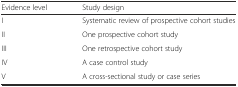
<table><thead><tr><td><b>Evidence level</b></td><td><b>Study design</b></td></tr></thead><tbody><tr><td>I</td><td>Systematic review of prospective cohort studies</td></tr><tr><td>II</td><td>One prospective cohort study</td></tr><tr><td>III</td><td>One retrospective cohort study</td></tr><tr><td>IV</td><td>A case control study</td></tr><tr><td>V</td><td>A cross-sectional study or case series</td></tr></tbody></table>